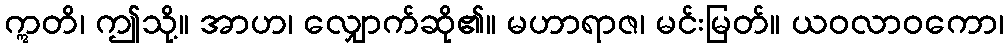
ဣတိ၊ ဤသို့။ အာဟ၊ လျှောက်ဆို၏။ မဟာရာဇ၊ မင်းမြတ်။ ယဝလာဝကော၊